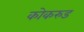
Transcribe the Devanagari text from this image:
कोकरुड